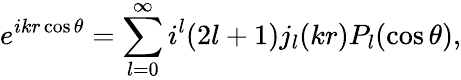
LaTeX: e^{ikr\cos\theta}=\sum_{l=0}^{\infty}i^{l}(2l+1)j_{l}(kr)P_{l}(\cos\theta),